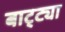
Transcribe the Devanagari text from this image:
बाट्ट्या